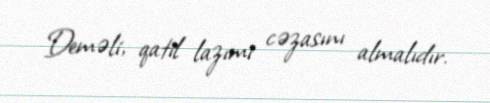
Deməli, qatil lazımi cəzasını almalıdır.